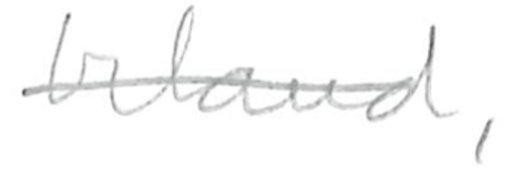
Text: Ireland,
Cross-out: single-line
Writing tool: pencil